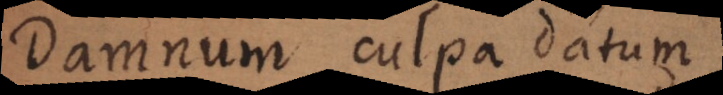
Damnum culpa datum